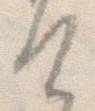
け